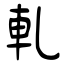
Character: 軋